Indian journal of veterinary science and animal husbandry - Volume 7,
Year: 1937
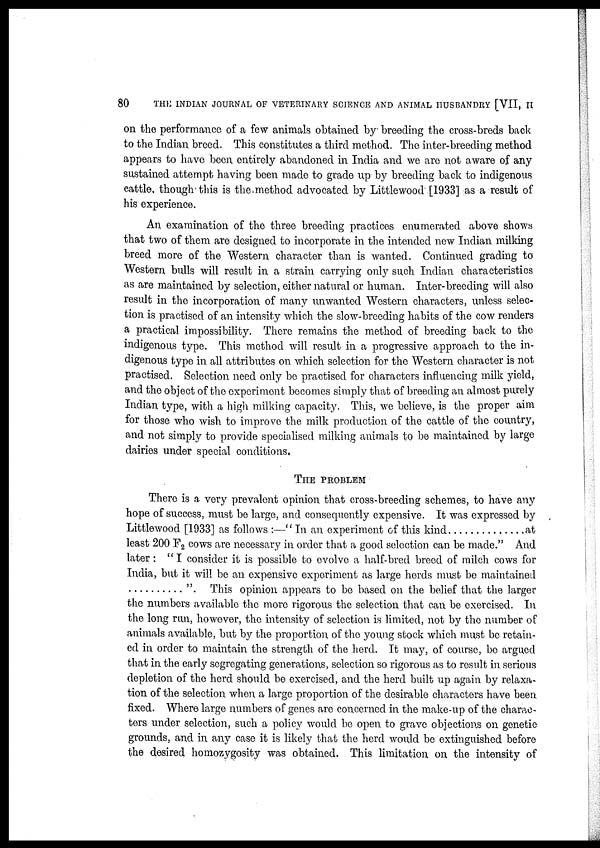
80
THE INDIAN JOURNAL OF VETERINARY SCIENCE AND ANIMAL HUSBANDRY [VII, II
on the performance of a few animals obtained by breeding the cross-breds back
to the Indian breed. This constitutes a third method. The inter-breeding method
appears to have been entirely abandoned in India and we are not aware of any
sustained attempt having been made to grade up by breeding back to indigenous
cattle, though this is the method advocated by Littlewood [1933] as a result of
his experience.
An examination of the three breeding practices enumerated above shows
that two of them are designed to incorporate in the intended new Indian milking
breed more of the Western character than is wanted. Continued grading to
Western bulls will result in a strain carrying only such Indian characteristics
as are maintained by selection, either natural or human. Inter-breeding will also
result in the incorporation of many unwanted Western characters, unless selec-
tion is practised of an intensity which the slow-breeding habits of the cow renders
a practical impossibility. There remains the method of breeding back to the
indigenous type. This method will result in a progressive approach to the in-
digenous type in all attributes on which selection for the Western character is not
practised. Selection need only be practised for characters influencing milk yield,
and the object of the experiment becomes simply that of breeding an almost purely
Indian type, with a high milking capacity. This, we believe, is the proper aim
for those who wish to improve the milk production of the cattle of the country,
and not simply to provide specialised milking animals to be maintained by large
dairies under special conditions.
THE PROBLEM
There is a very prevalent opinion that cross-breeding schemes, to have any
hope of success, must be large, and consequently expensive. It was expressed by
Littlewood [1933] as follows :—" In an experiment of this kind
at
least 200 F 2 cows are necessary in order that a good selection can be made." And
later : "I consider it is possible to evolve a half-bred breed of milch cows for
India, but it will be an expensive experiment as large herds must be maintained
". This opinion appears to be based on the belief that the larger
the numbers available the more rigorous the selection that can be exercised. In
the long run, however, the intensity of selection is limited, not by the number of
animals available, but by the proportion of the young stock which must be retain-
ed in order to maintain the strength of the herd. It may, of course, be argued
that in the early segregating generations, selection so rigorous as to result in serious
depletion of the herd should be exercised, and the herd built up again by relaxa-
tion of the selection when a large proportion of the desirable characters have been
fixed. Where large numbers of genes are concerned in the make-up of the charac-
ters under selection, such a policy would be open to grave objections on genetic
grounds, and in any case it is likely that the herd would be extinguished before
the desired homozygosity was obtained. This limitation on the intensity of